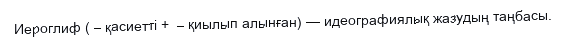
Иероглиф ( – қасиеттi +  – қиылып алынған) — идеографиялық жазудың таңбасы.